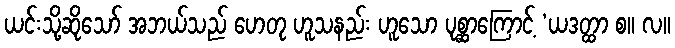
ယင်းသို့ဆိုသော် အဘယ်သည် ဟေတု ဟူသနည်း ဟူသော ပုစ္ဆာကြောင့် ‘ယဒတ္ထာ စ။ လ။